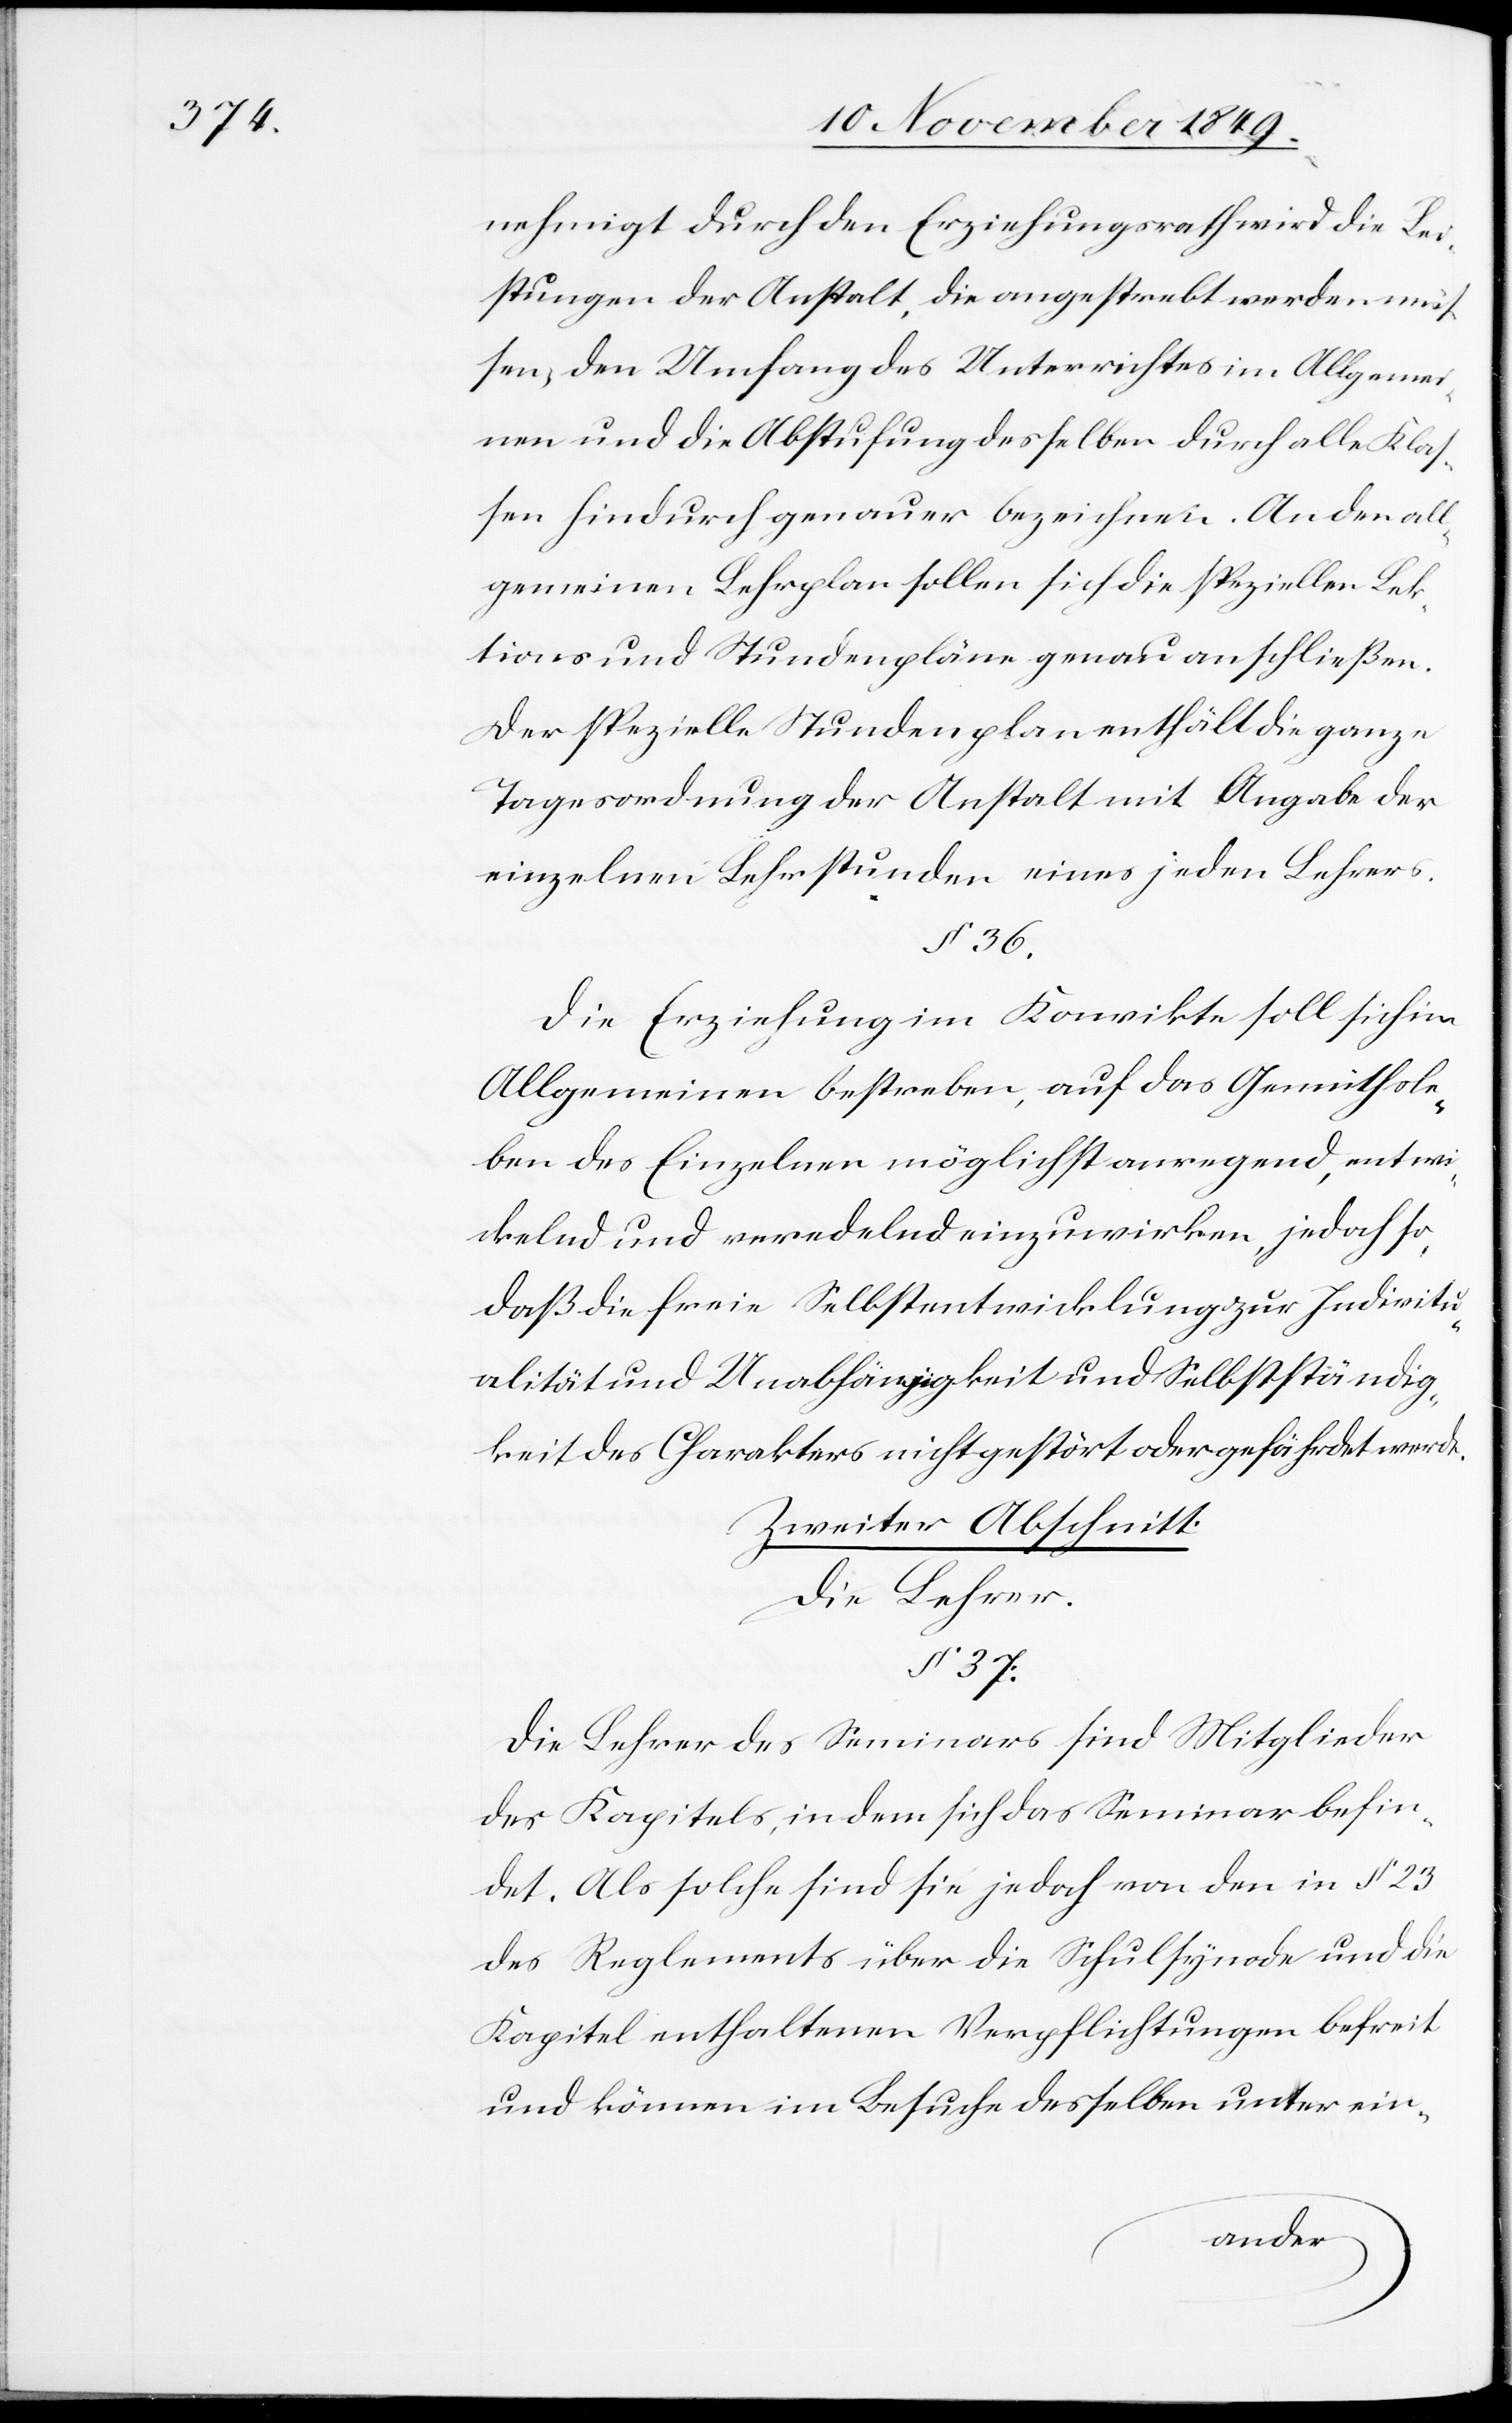
nehmigt durch den Erziehungsrath wird die Lei¬
stungen der Anstalt, die angestrebt werden mü¬
ßen, den Umfang des Unterrichtes im Allgemei¬
nen und die Abstufung desselben durch alle Klaß¬
en hindurch genauer bezeichnen. An den all¬
gemeinen Lehrplan sollen sich die speziellen Lek¬
tions und Stundenpläne genau anschließen.
Der spezielle Stundenplan enthält die ganze
Tagesordnung der Anstalt mit Angabe der
einzelnen Lehrstunden eines jeden Lehrers.
§ 36.
Die Erziehung im Konvikte soll sich im
Allgemeinen bestreben, auf das Gemüthsle¬
ben des Einzelnen möglichst anregend, entwi¬
ckelnd und veredelnd einzuwirken, jedoch so,
daß die freie Selbstentwicklung zur Individu¬
alität und Unabhängigkeit und Selbstständig¬
keit des Charakters nicht gestört oder gefährdet werde.
Zweiter Abschnitt.
Die Lehrer.
§ 37.
Die Lehrer des Seminars sind Mitglieder
des Kapitels, in dem sich das Seminar befin¬
det. Als solche sind sie jedoch von den § 23
des Reglementes über die Schulsynode und die
Kapitel enthaltenen Verpflichtungen befreit
und können im Besuche desselben unter ein-